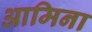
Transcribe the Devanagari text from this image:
आमिना